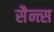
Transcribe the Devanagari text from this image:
सैन्त्स